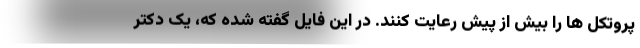
پروتکل ها را بیش از پیش رعایت کنند. در این فایل گفته شده که، یک دکتر